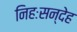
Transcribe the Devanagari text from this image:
निहःसन्देह